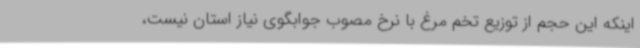
اینکه این حجم از توزیع تخم مرغ با نرخ مصوب جوابگوی نیاز استان نیست،